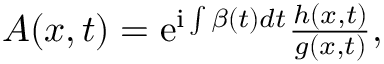
\begin{array} { r } { A ( x , t ) = \mathrm { { e } } ^ { \mathrm { { i } } \int \beta ( t ) d t } \frac { h ( x , t ) } { g ( x , t ) } , } \end{array}